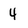
Character: 4